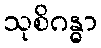
သုစိဂန္ဓာ